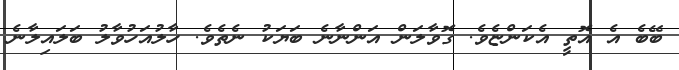
ބޭބެ އެ އޮތީ އެކަންޏެވެ. ގޮވާލަން އަންނާނެ ބަޔަކު ނެތެވެ. ހާލުއަހުވާލު ބަލައިލާނެ